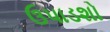
ઉપાડશો